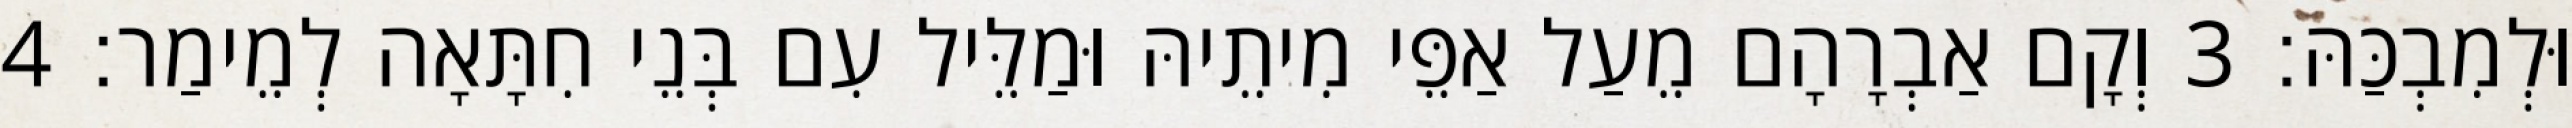
וּלְמִבְכַּהּ׃ 3 וְקָם אַבְרָהָם מֵעַל אַפֵּי מִיתֵיהּ וּמַלֵּיל עִם בְּנֵי חִתָּאָה לְמֵימַר׃ 4